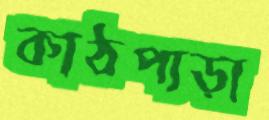
কাঠপাড়া